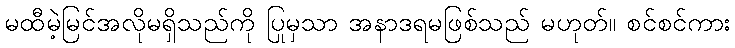
မထီမဲ့မြင်အလိုမရှိသည်ကို ပြုမှသာ အနာဒရမဖြစ်သည် မဟုတ်။ စင်စင်ကား